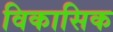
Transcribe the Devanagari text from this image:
विकासिक